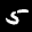
Label: 5